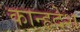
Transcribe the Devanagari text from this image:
कान्हदेश